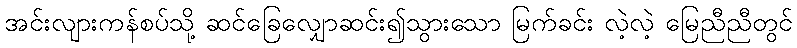
အင်းလျားကန်စပ်သို့ ဆင်ခြေလျှောဆင်း၍သွားသော မြက်ခင်း လဲ့လဲ့ မြေညီညီတွင်